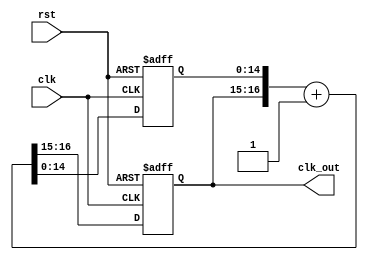
`timescale 1ns / 1ps
//////////////////////////////////////////////////////////////////////////////////
// Company: 
// Engineer: 
// 
// Design Name: 
// Module Name: _7SegShowCTL
// Project Name: 
// Target Devices: 
// Tool Versions: 
// Description: 
// 
// Dependencies: 
// 
// Revision:
// Revision 0.01 - File Created
// Additional Comments:
// 
//////////////////////////////////////////////////////////////////////////////////


module _7SegShow_ctl(clk, rst, clk_out);
input clk, rst;
output reg [1:0]clk_out;

reg [16:0]cnt_tmp;
reg [14:0]cnt;

always @*
    cnt_tmp = {clk_out, cnt} + 1;
    
always @(posedge clk or negedge rst)
    if (~rst)
        {clk_out, cnt} <= 0;
    else
        {clk_out, cnt} <= cnt_tmp;

endmodule